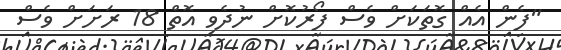
"ފެން އެއް ގޮތަކަށް ވެސް ފޯރުކޮށް ނުދެވި އޮތް 18 ރަށަށް ވެސް